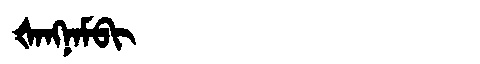
Manchu: ᡧᠠᠩᠨᠠᠮᠪᡳ
Romanization: ŠANGNAMBI